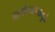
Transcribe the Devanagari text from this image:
आर्याभारतामुळे